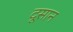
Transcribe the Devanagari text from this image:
दूसान